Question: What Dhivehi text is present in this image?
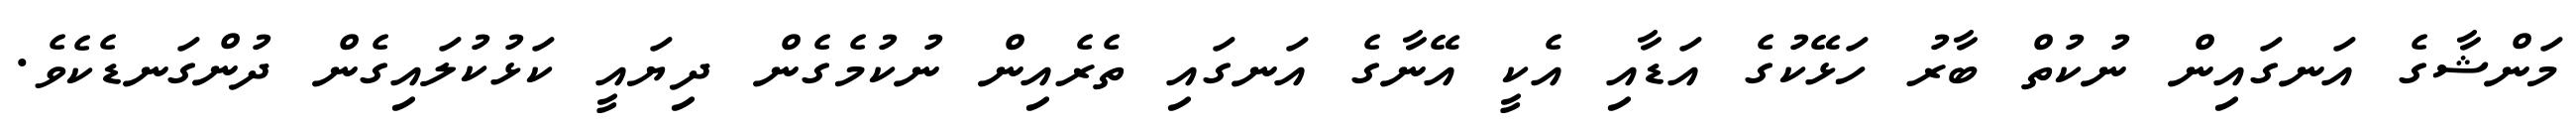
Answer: މަންޝާގެ އަނގައިން ނުކުތް ބާރު ހަޅޭކުގެ އަޑާއި އެކީ އޭނާގެ އަނގައި ތެރެއިން ނުކުމެގެން ދިޔައީ ކަޅުކުލައިގެން ދުންގަނޑެކެވެ.